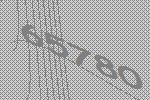
65780